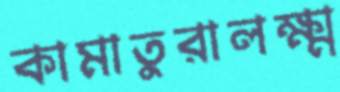
কামাতুরালক্ষ্ম